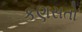
કણસતો